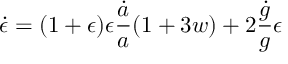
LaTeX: \dot { \epsilon } = ( 1 + \epsilon ) \epsilon { \frac { \dot { a } } { a } } { \left( 1 + 3 w \right) } + 2 { \frac { \dot { g } } { g } } \epsilon